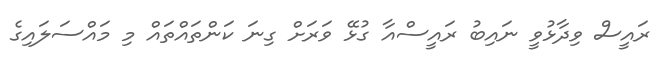
ރައީސް ވިދާޅުވީ ނައިބު ރައީސްއާ ގުޅޭ ވަރަށް ގިނަ ކަންތައްތައް މި މައްސަލައިގެ